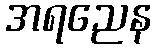
အရညေန